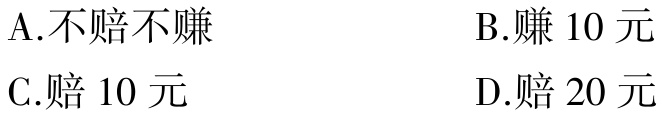
A.不赔不赚

B.赚10元

C.赔10元

D.赔20元